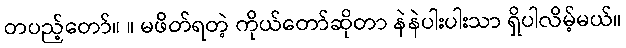
တပည့်တော်။ ။ မဖိတ်ရတဲ့ ကိုယ်တော်ဆိုတာ နဲနဲပါးပါးသာ ရှိပါလိမ့်မယ်။